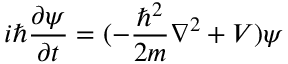
i \hbar \frac { \partial \psi } { \partial t } = ( - \frac { \hbar ^ { 2 } } { 2 m } \nabla ^ { 2 } + V ) \psi